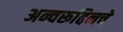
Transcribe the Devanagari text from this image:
अन्वरूद्दिनचे